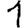
Digit: 1